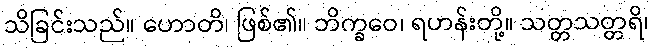
သိခြင်းသည်။ ဟောတိ၊ ဖြစ်၏။ ဘိက္ခဝေ၊ ရဟန်းတို့။ သတ္တသတ္တရိ၊